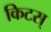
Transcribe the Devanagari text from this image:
किटस्